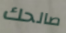
صالحك